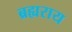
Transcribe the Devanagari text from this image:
ब्रह्यराय